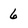
Character: 6